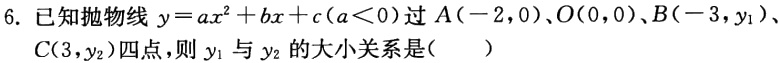
6. 已知抛物线$y = ax^{2}+bx + c(a\lt0)$过$A(-2,0)$、$O(0,0)$、$B(-3,y_{1})$、$C(3,y_{2})$四点，则$y_{1}$与$y_{2}$的大小关系是( )